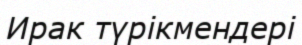
Ирак түрікмендері